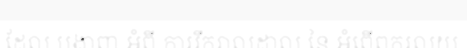
ដែល បង្ហាញ អំពី ការរីករាលដាល នៃ អំពើពុករលួយ